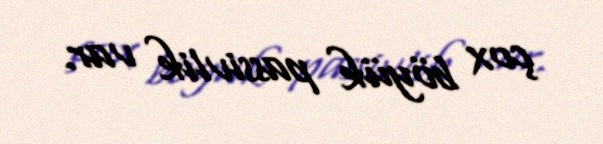
çox böyük passivlik var.